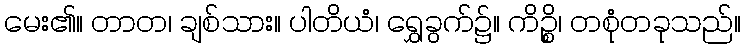
မေး၏။ တာတ၊ ချစ်သား။ ပါတိယံ၊ ရွှေခွက်၌။ ကိဉ္စိ၊ တစုံတခုသည်။